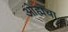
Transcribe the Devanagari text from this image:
ओह्मचा